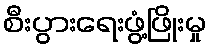
စီးပွားရေးဖွံ့ဖြိုးမှု